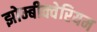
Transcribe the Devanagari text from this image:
झोम्बीक्वेरियम